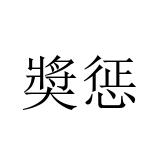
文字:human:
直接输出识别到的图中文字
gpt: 奬惩